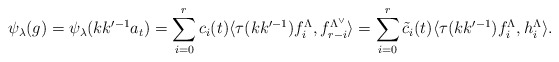
\begin{align*}\psi_\lambda(g)=\psi_\lambda(kk'^{-1}a_t)=\sum^r_{i=0}c_i(t)\langle\tau(kk'^{-1})f^\Lambda_i, f^{\Lambda^\vee}_{r-i}\rangle=\sum^r_{i=0}\tilde{c}_i(t)\langle\tau(kk'^{-1})f^\Lambda_i, h^\Lambda_i\rangle.\end{align*}